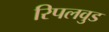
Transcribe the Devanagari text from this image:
रिपलवुड